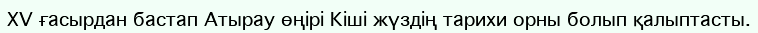
ХV ғасырдан бастап Атырау өңірі Кіші жүздің тарихи орны болып қалыптасты.